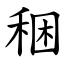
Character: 稇